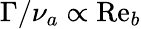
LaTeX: \Gamma/\nu_{a}\propto\mathrm{Re}_{b}